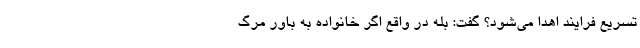
تسریع فرایند اهدا می‌شود؟ گفت: بله در واقع اگر خانواده به باور مرگ